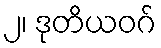
၂၊ ဒုတိယဝဂ်